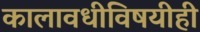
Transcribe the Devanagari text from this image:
कालावधीविषयीही